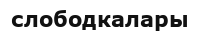
слободкалары